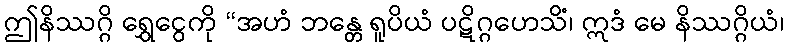
ဤနိဿဂ္ဂိ ရွှေငွေကို “အဟံ ဘန္တေ ရူပိယံ ပဋိဂ္ဂဟေသိံ၊ ဣဒံ မေ နိဿဂ္ဂိယံ၊